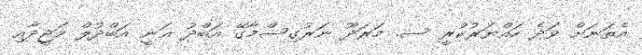
އެތަނަށް ވަދެ ހައްޔަރުކުރީ ސ. މަރަދޫ ނަރުގިސްމާގޭ އަބްދު ޣަނީ އަބްދުލް މަޖީދާއި